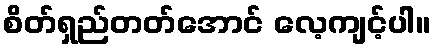
စိတ်ရှည်တတ်အောင် လေ့ကျင့်ပါ။